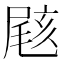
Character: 𡲼